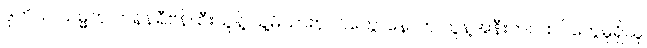
ဒုတိယ သမ္မတ ဟန်နရီဗန်ထီးယူနဲ့ သူ့မိသားစုဝင်တွေ၊ နောက် သူနဲ့အနီးကပ်ထပ်တွေမှုရှိသူ